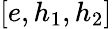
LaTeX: \left[e,h_{1},h_{2}\right]